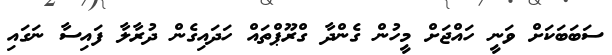
ސަބަބަކަށް ވަނީ ހައްޖަށް މީހުން ގެންދާ ގްރޫޕްތައް ހަދައިގެން ދުރާލާ ފައިސާ ނަގައި